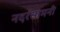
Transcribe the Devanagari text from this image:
नदरंसामनी